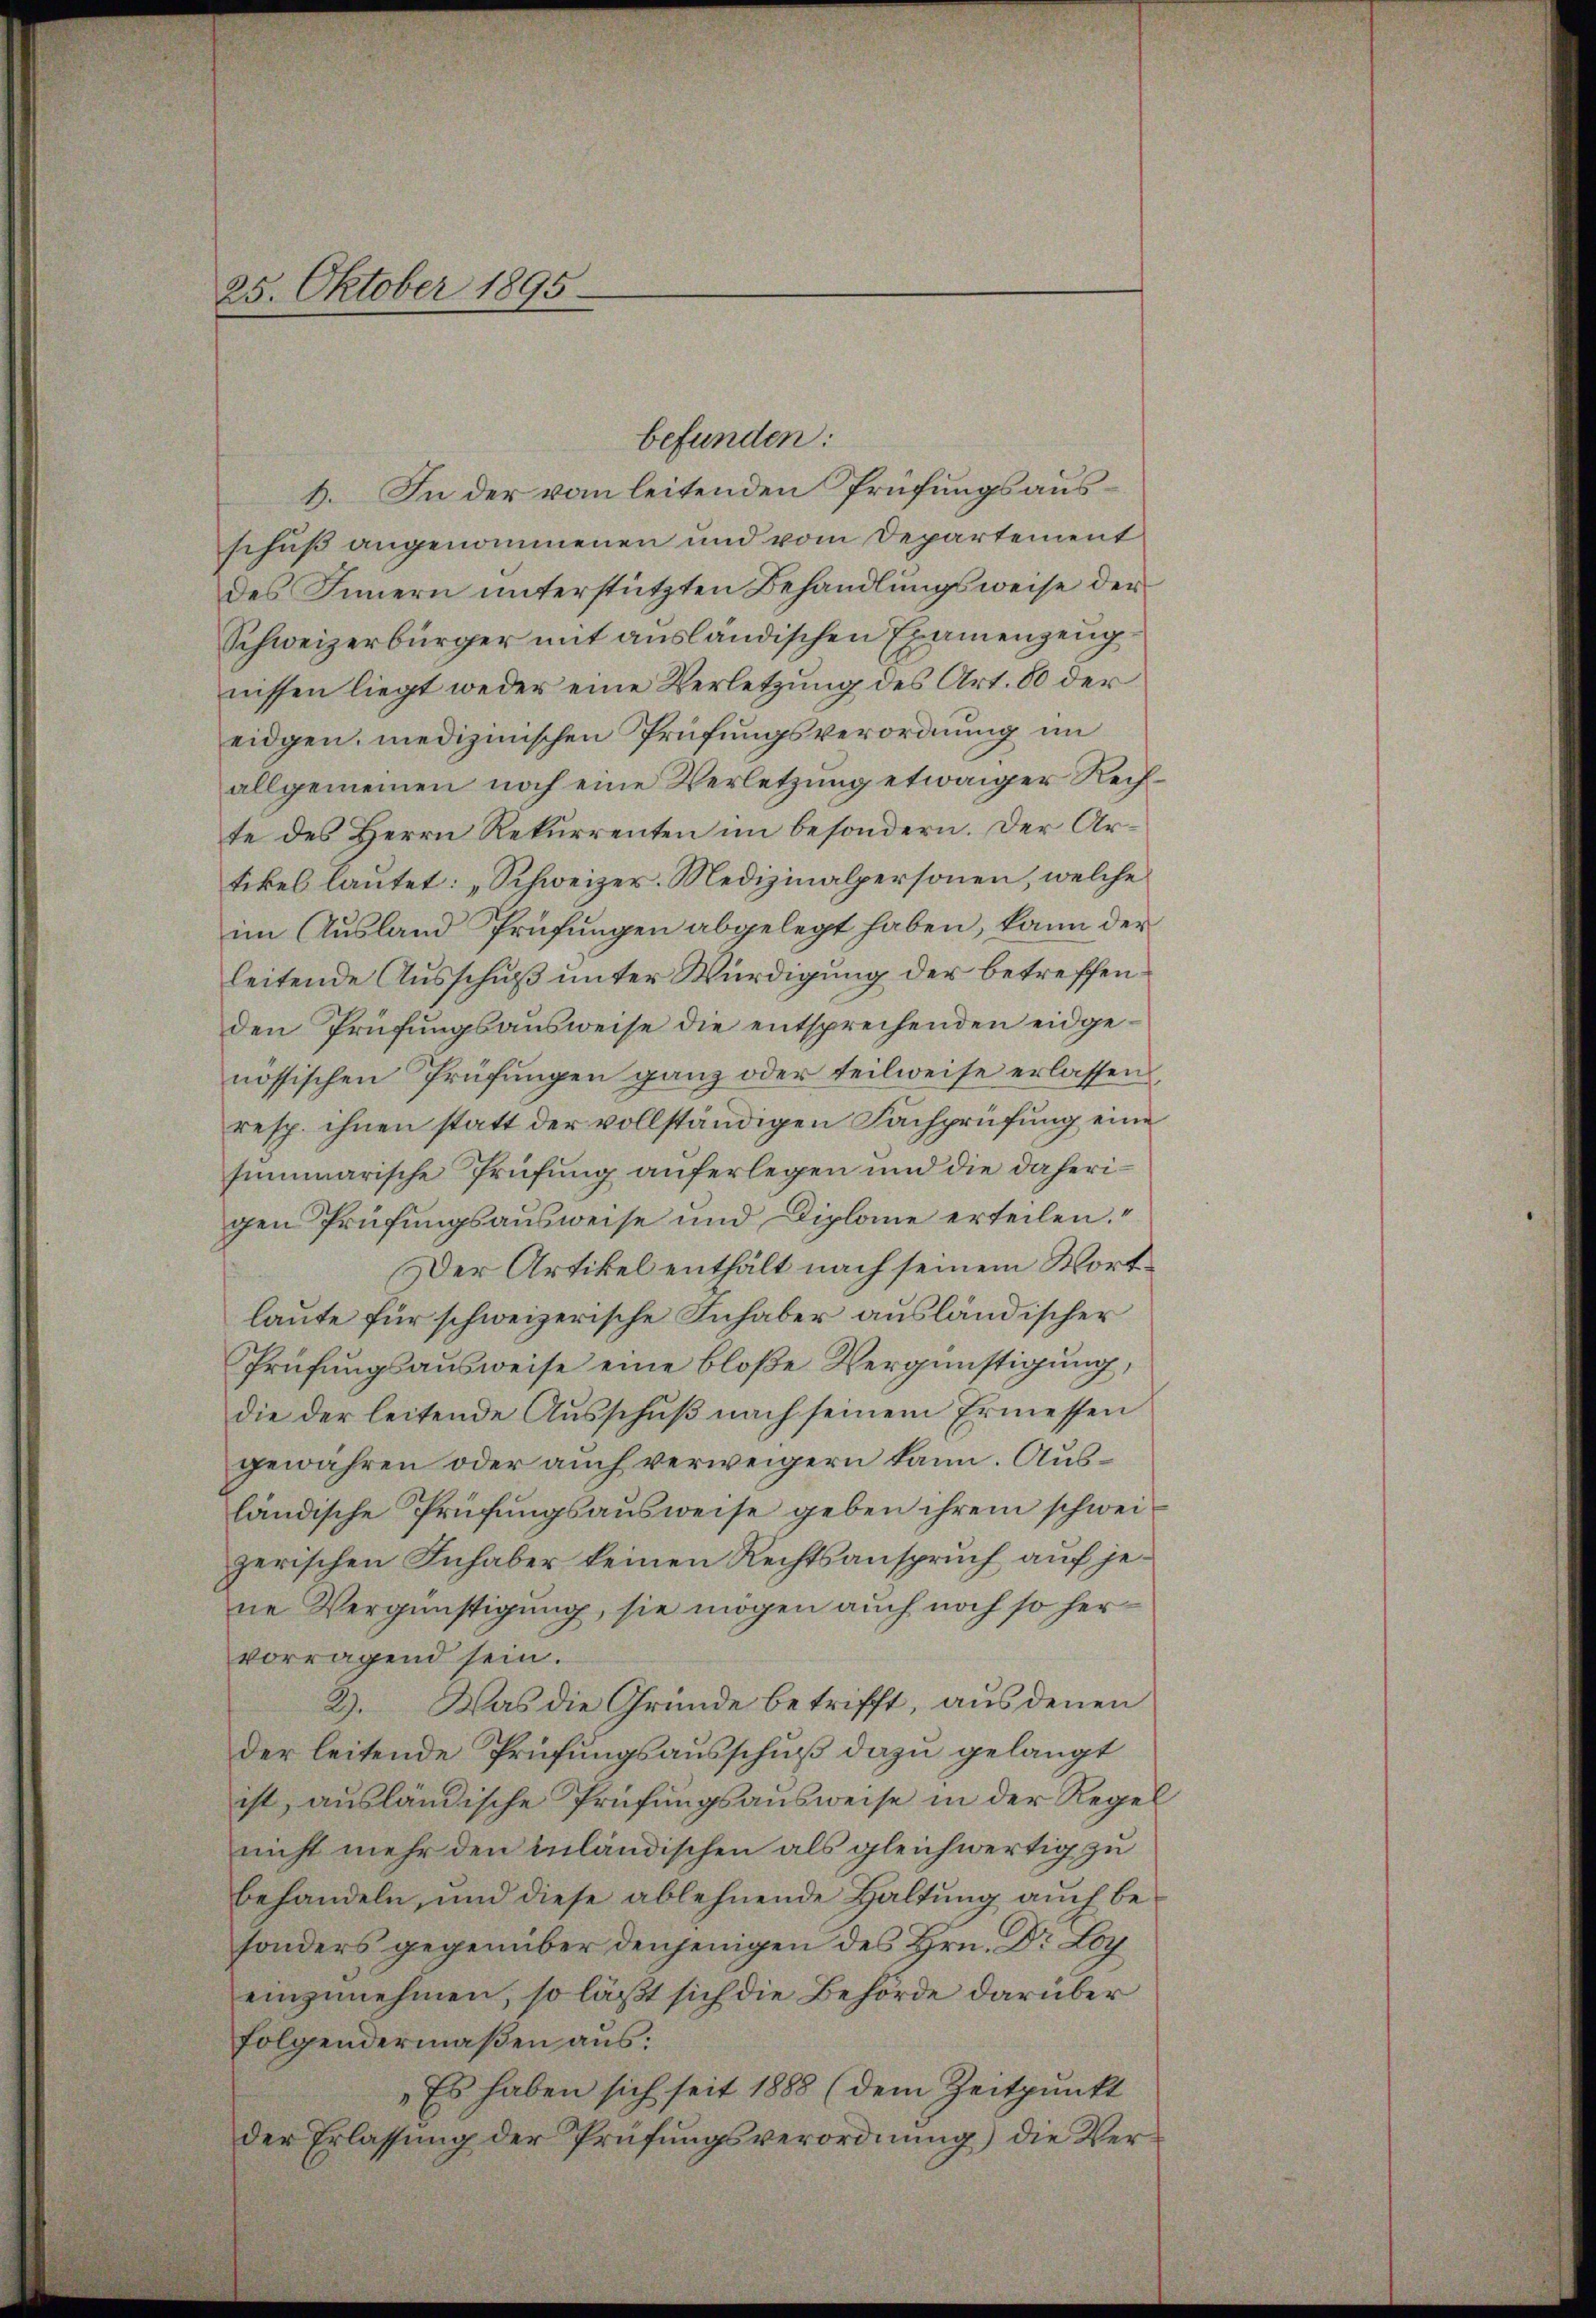
25. Oktober 1895

befunden:
6. In der vom leitenden Prüfungsausschuß angenommenen und vom Departement
des Innern unterstützten Behandlungsweise der
Schweizerbürger mit ausländischen Examenzeug
nissen liegt weder eine Verletzung des Art. 80 der
eidgen. medizinischen Prüfungsverordnung im
allgemeinen noch eine Verletzung etwaiger Rechte des Herrn Rekurrenten im besondern. Der Artikel lautet: „Schweizer. Medizinalpersonen, welche
im Ausland Prüfungen abgelegt haben, kann der
leitende Ausschuß unter Würdigung der betreffenden Prüfungsausweise die entsprechenden eidgenössischen Prüfungen ganz oder teilweise erlassen,
resp. ihnen statt der vollständigen Fachprüfung eine
summarische Prüfung auferlegen und die daherigen Prüfungsausweise und Diplome erteilen.“
Der Artikel enthält nach seinem Wort
laute für schweizerische Inhaber ausländischer
Prüfungsausweise eine bloße Vergünstigung,
die der leitende Aŭsschŭβ nach seinem Ermessen
gewähren oder auch verweigern kann. Ausländische Prüfungsausweise geben ihrem schweizerischen Inhaber keinen Rechtsanspruch, auf jene Vergünstigung, sie mögen auch noch so hervorragend sein.
2). Was die Gründe betrifft, aus denen
der leitende Prüfungsausschuß dazu gelangt
ist, ausländische Prüfungsausweise in der Regel
nicht mehr den inländischen als gleichwertig zu
behandeln, und diese ablehnende Haltung auch besonders gegenüber denjenigen des Hrn. Dr Loy
einzunehmen, so läßt sich die Behörde darüber
folgendermaßen aus:
Es haben sich seit 1888 (dem Zeitpunkt
der Erlassung der Prüfungsverordnung) die Ver¬